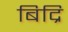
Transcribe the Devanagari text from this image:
बिद्रि